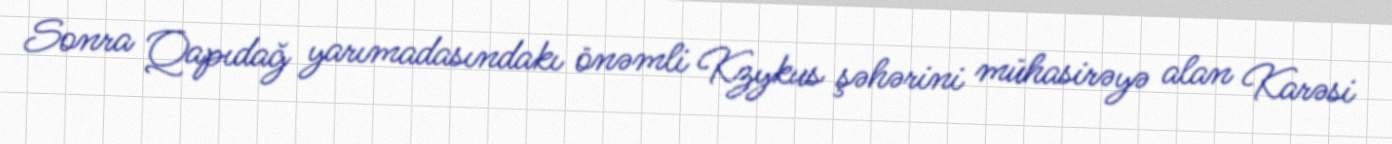
Sonra Qapıdağ yarımadasındakı önəmli Kzykus şəhərini mühasirəyə alan Karəsi